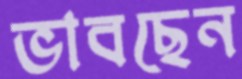
ভাবছেন